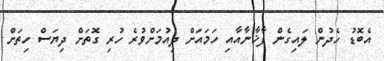
އެބޮޑު ހެދުން ލައިގެން ފާޚާނާއާއި ހަމައަށް ދިއުމަށްވުރެ ހުރި ގޮތަށް ދިޔަސް ހިތަށް